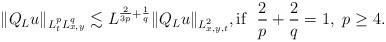
LaTeX: \begin{align*}\| Q_L u \|_{L_t^p L_{x,y}^q} \lesssim L^{\frac{2}{3 p} + \frac{1}{q}} \|Q_L u\|_{L_{x,y,t}^2}, \textnormal{if} \ \ \frac{2}{p} + \frac{2}{q} = 1, \ p \geq 4.\end{align*}